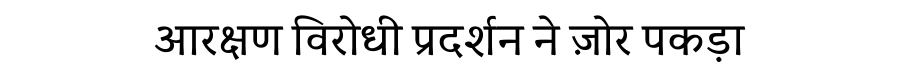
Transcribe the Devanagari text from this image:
आरक्षण विरोधी प्रदर्शन ने ज़ोर पकड़ा